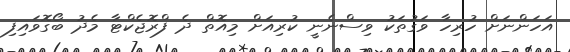
އަހަންނަށް ހުރިހާ ވަގުތަކު ވިސްނެނީ ކުރިއަށް މިއޮތް ދެ ފްރޮޖެކްޓާ މެދު ބޯގޮވައިފި